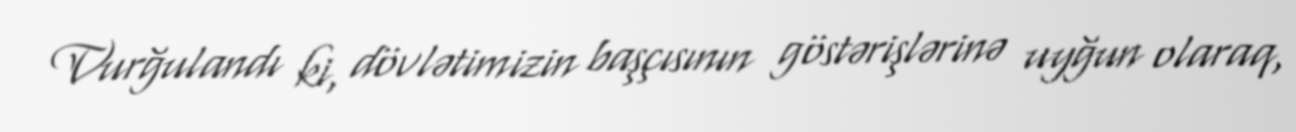
Vurğulandı ki, dövlətimizin başçısının göstərişlərinə uyğun olaraq,